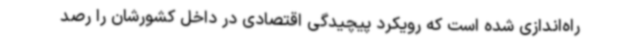
راه‌اندازی شده است که رویکرد پیچیدگی اقتصادی در داخل کشورشان را رصد